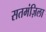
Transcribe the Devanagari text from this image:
सतमंज़िला